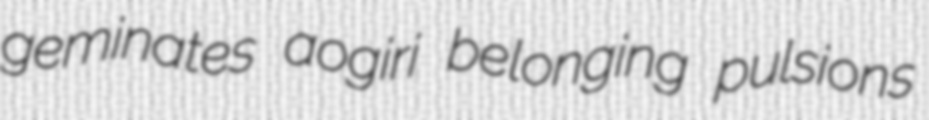
geminates aogiri belonging pulsions